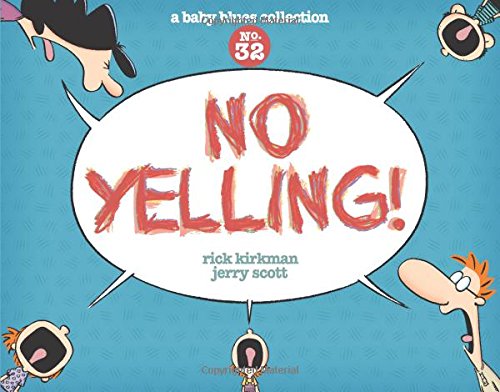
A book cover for No Yelling!: A Baby Blues Collection; Rick Kirkman; Comics & Graphic Novels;